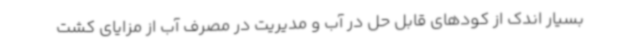
بسیار اندک از کودهای قابل حل در آب و مدیریت در مصرف آب از مزایای کشت